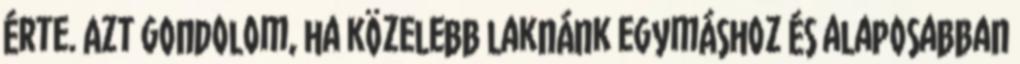
érte. Azt gondolom, ha közelebb laknánk egymáshoz és alaposabban